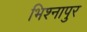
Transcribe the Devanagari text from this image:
भिश्नापुर